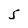
Character: 5